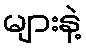
များနဲ့